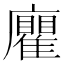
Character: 𢌄